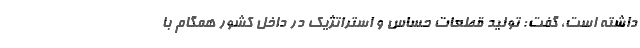
داشته است، گفت: تولید قطعات حساس و استراتژیک در داخل کشور همگام با